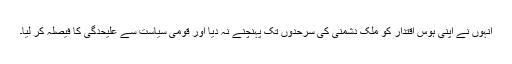
انہوں نے اپنی ہوسِ اقتدار کو ملک دشمنی کی سرحدوں تک پہنچنے نہ دیا اور قومی سیاست سے علیحدگی کا فیصلہ کر لیا۔